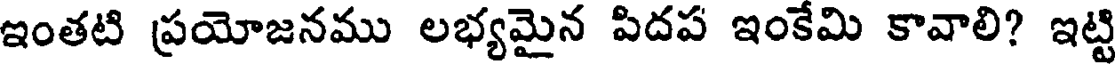
ఇంతటి ప్రయోజనము లభ్యమైన పిదప ఇంకేమి కావాలి? ఇట్టి